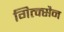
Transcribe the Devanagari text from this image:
गित्क्सैन